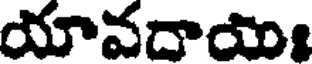
యావదాయిః